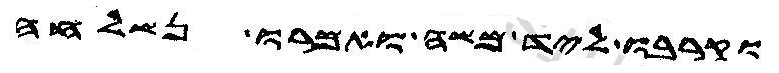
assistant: וקרבו ליד משה ואמרו נשלחה